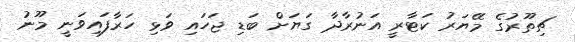
ޗިތޫރުގެ މޭޔަރު ކަޓާރީ އަނުރާދާ ގަޔަށް ބަޑި ޖަހައި ވަޅި ހަރާފައިވަނީ މޫނު